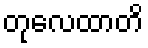
တုလေထာတိ